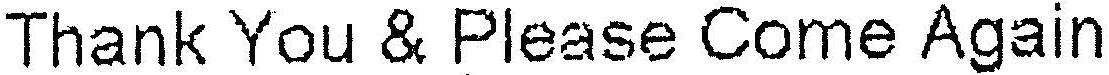
THANK YOU & PLEASE COME AGAIN